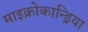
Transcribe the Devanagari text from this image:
माइक्रोकान्ड्रिया